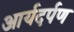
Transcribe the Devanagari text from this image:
आर्यदर्पण